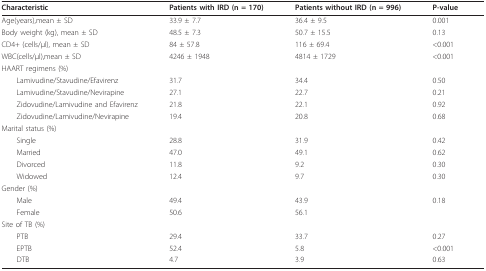
<table><thead><tr><td><b>Characteristic</b></td><td><b>Patients with IRD (n = 170)</b></td><td><b>Patients without IRD (n = 996)</b></td><td><b>P-value</b></td></tr></thead><tbody><tr><td>Age(years),mean ± SD</td><td>33.9 ± 7.7</td><td>36.4 ± 9.5</td><td>0.001</td></tr><tr><td>Body weight (kg), mean ± SD</td><td>48.5 ± 7.3</td><td>50.7 ± 15.5</td><td>0.13</td></tr><tr><td>CD4+ (cells/μl), mean ± SD</td><td>84 ± 57.8</td><td>116 ± 69.4</td><td>&lt;0.001</td></tr><tr><td>WBC(cells/μl),mean ± SD</td><td>4246 ± 1948</td><td>4814 ± 1729</td><td>&lt;0.001</td></tr><tr><td>HAART regimens (%)</td><td></td><td></td><td></td></tr><tr><td> Lamivudine/Stavudine/Efavirenz</td><td>31.7</td><td>34.4</td><td>0.50</td></tr><tr><td> Lamivudine/Stavudine/Nevirapine</td><td>27.1</td><td>22.7</td><td>0.21</td></tr><tr><td> Zidovudine/Lamivudine and Efavirenz</td><td>21.8</td><td>22.1</td><td>0.92</td></tr><tr><td> Zidovudine/Lamivudine/Nevirapine</td><td>19.4</td><td>20.8</td><td>0.68</td></tr><tr><td>Marital status (%)</td><td></td><td></td><td></td></tr><tr><td> Single</td><td>28.8</td><td>31.9</td><td>0.42</td></tr><tr><td> Married</td><td>47.0</td><td>49.1</td><td>0.62</td></tr><tr><td> Divorced</td><td>11.8</td><td>9.2</td><td>0.30</td></tr><tr><td> Widowed</td><td>12.4</td><td>9.7</td><td>0.30</td></tr><tr><td>Gender (%)</td><td></td><td></td><td></td></tr><tr><td> Male</td><td>49.4</td><td>43.9</td><td>0.18</td></tr><tr><td> Female</td><td>50.6</td><td>56.1</td><td></td></tr><tr><td>Site of TB (%)</td><td></td><td></td><td></td></tr><tr><td> PTB</td><td>29.4</td><td>33.7</td><td>0.27</td></tr><tr><td> EPTB</td><td>52.4</td><td>5.8</td><td>&lt;0.001</td></tr><tr><td> DTB</td><td>4.7</td><td>3.9</td><td>0.63</td></tr></tbody></table>